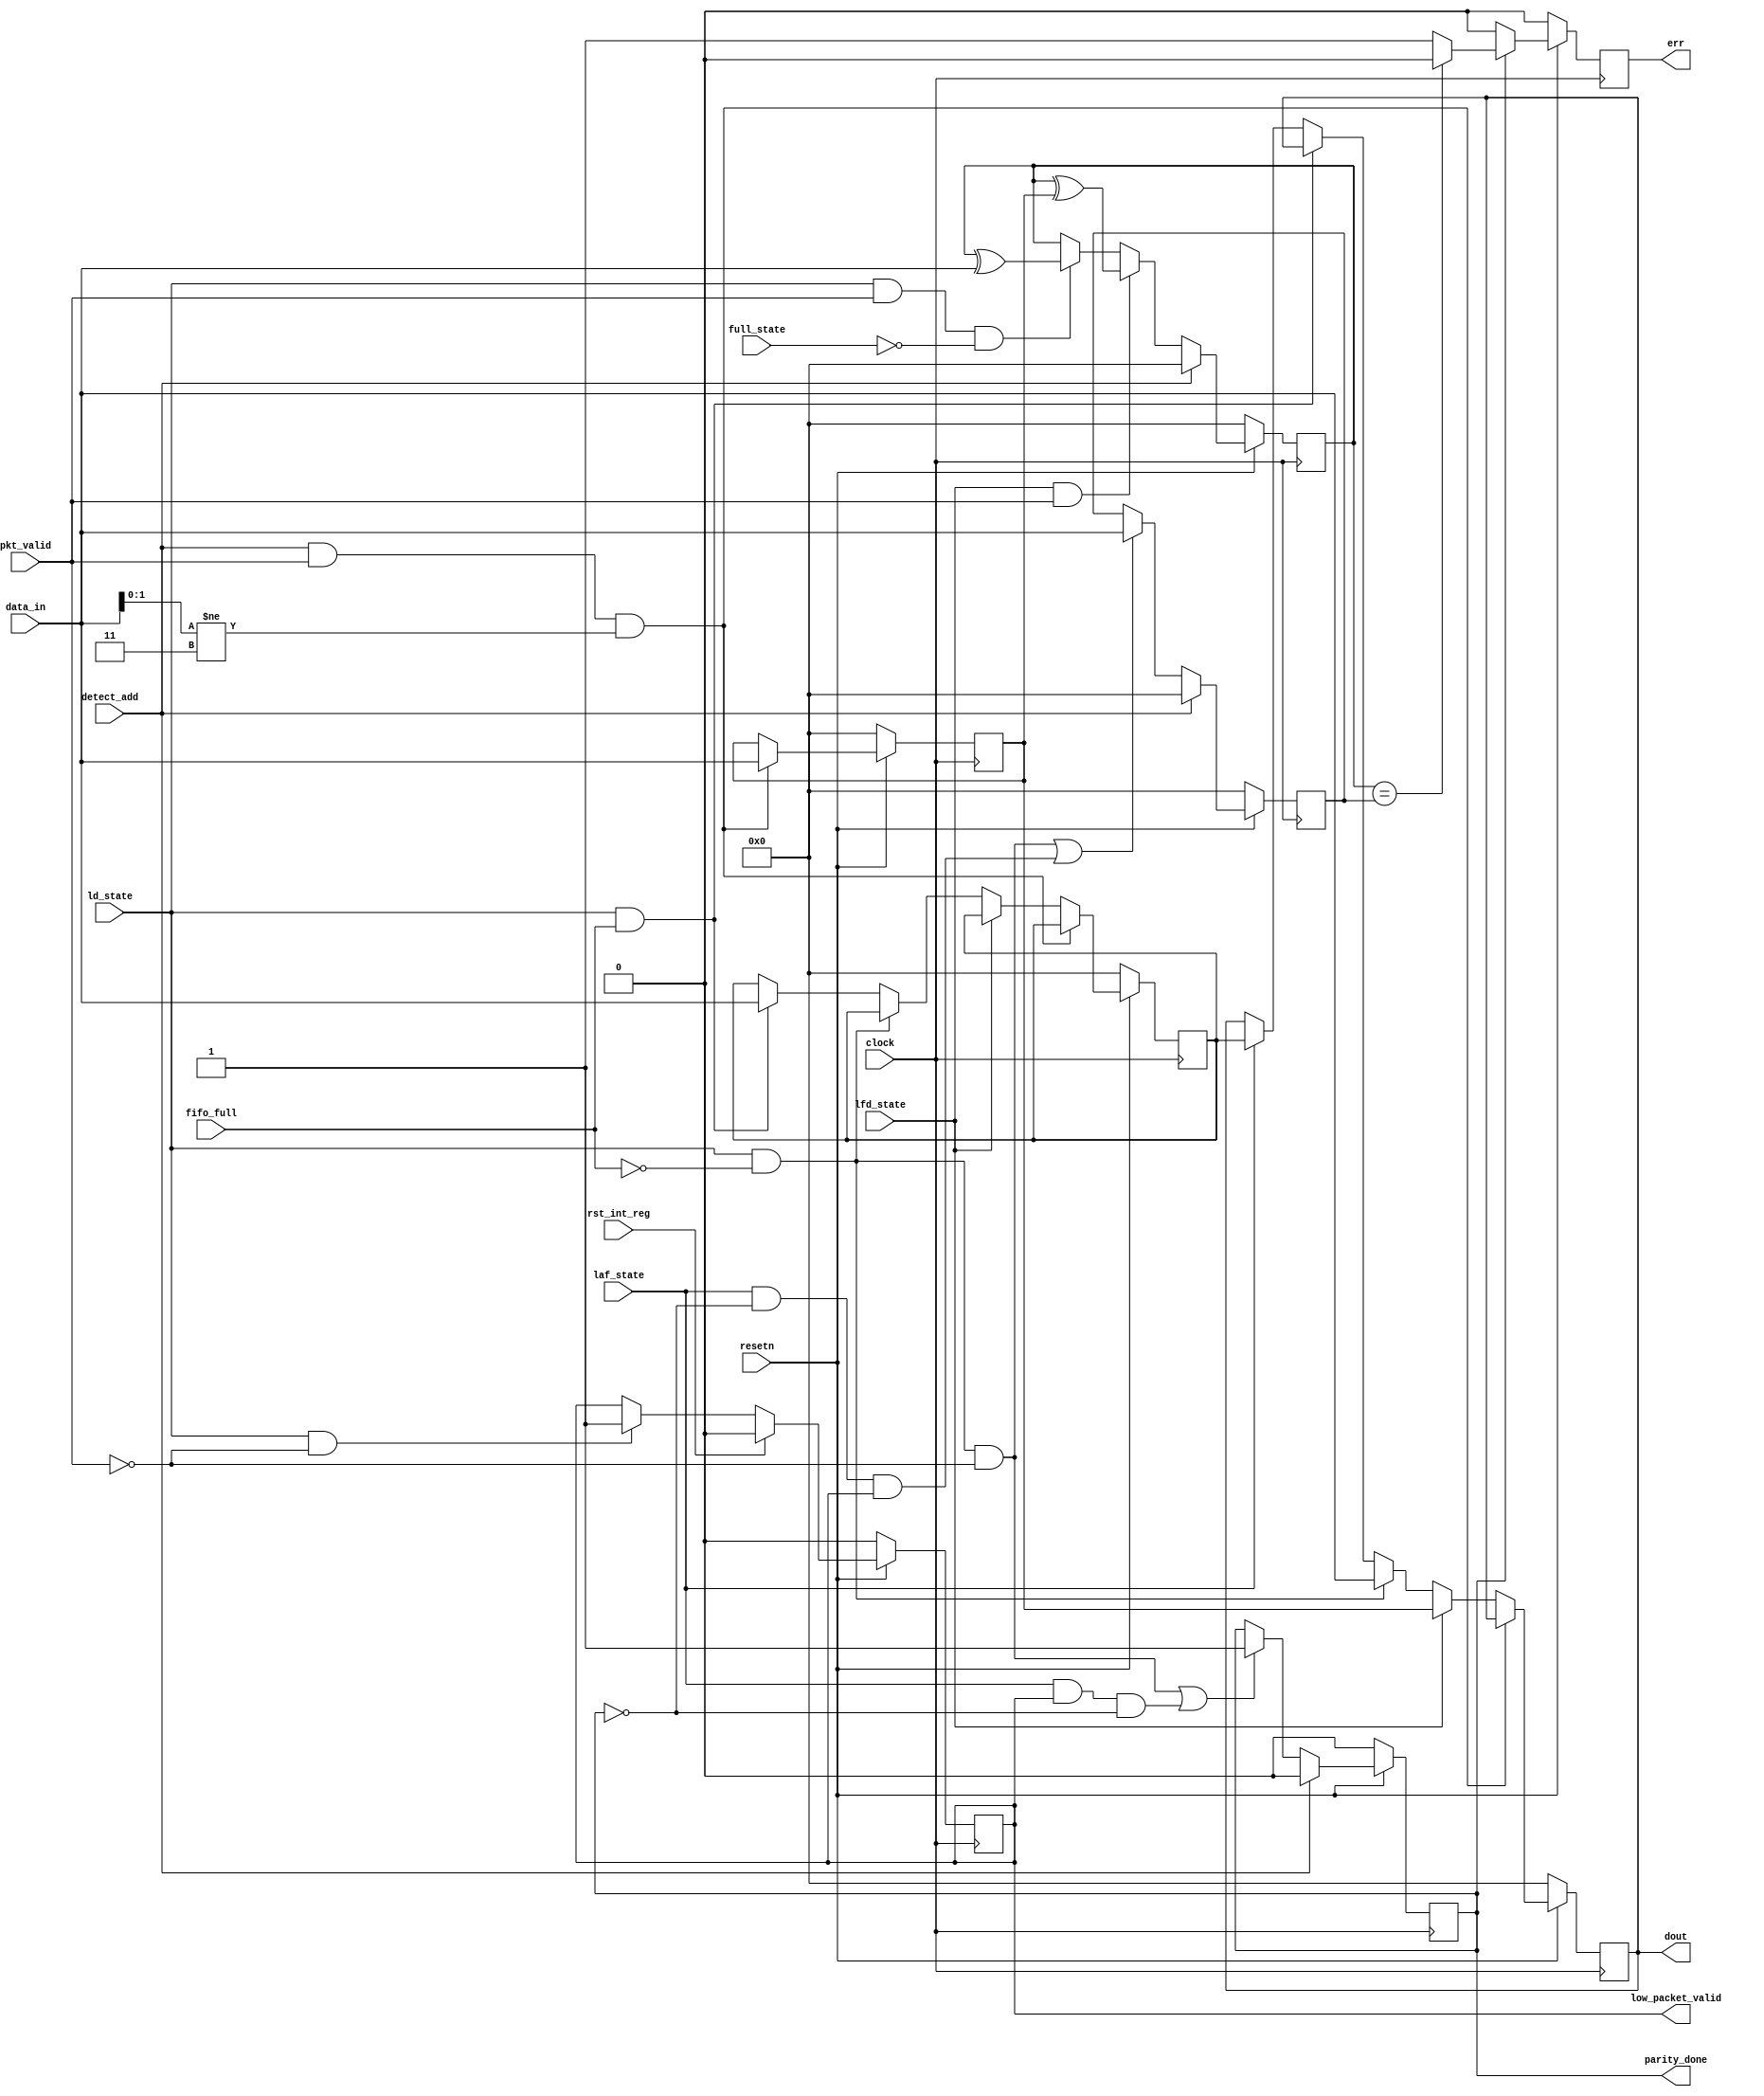
// --------------------------------------------------------------------------------

// Design Name: 
// Module Name: router-register
// Project Name: 1 x 3 Router Design

// Target Devices: 
// Tool Versions: 
// Description: 
// Dependencies: 
// Revision:
// Revision 0.01 - File Created

// --------------------------------------------------------------------------------

module router_reg ( clock, resetn, pkt_valid, data_in, fifo_full, detect_add, ld_state, laf_state, full_state, lfd_state, rst_int_reg, err, parity_done, low_packet_valid, dout );

input clock, resetn, pkt_valid, fifo_full, detect_add, ld_state, laf_state, full_state, lfd_state, rst_int_reg;
input [7:0]data_in;
output reg err, parity_done, low_packet_valid;
output reg [7:0]dout;
reg [7:0] header, int_reg, int_parity, ext_parity;
  
  
  //------------------------------ DATA OUT LOGIC ---------------------------------

	always@(posedge clock)
   	begin
      if(!resetn)
      	begin
	     dout    	 <=0;
	     header  	 <=0;
	     int_reg 	 <=0;
       	end
      else if(detect_add && pkt_valid && data_in[1:0]!=2'b11)
	     header<=data_in;
      else if(lfd_state)
	     dout<=header;
      else if(ld_state && !fifo_full)
	     dout<=data_in;
      else if(ld_state && fifo_full)
	     int_reg<=data_in;
      else if(laf_state)
	     dout<=int_reg;
     end

  //--------------------------- LOW PACKET VALID LOGIC ----------------------------
	
      	always@(posedge clock)
	   		begin
              if(!resetn)
	 				low_packet_valid<=0; 
         		else if(rst_int_reg)
	 				low_packet_valid<=0;

              else if(ld_state && !pkt_valid) 
         			low_packet_valid<=1;
			end
  //---------------------------- PARITY DONE LOGIC --------------------------------
	
	always@(posedge clock)
	begin
      if(!resetn)
	  parity_done<=0;
     else if(detect_add)
	  parity_done<=0;
      else if((ld_state && !fifo_full && !pkt_valid)
              ||(laf_state && low_packet_valid && !parity_done))
	  parity_done<=1;
	end

//--------------------------- PARITY CALCULATE LOGIC ----------------------------

	always@(posedge clock)
	begin
      if(!resetn)
	 int_parity<=0;
	else if(detect_add)
	 int_parity<=0;
	else if(lfd_state && pkt_valid)
	 int_parity<=int_parity^header;
	else if(ld_state && pkt_valid && !full_state)
	 int_parity<=int_parity^data_in;
	else
	 int_parity<=int_parity;
	end
	 

//------------------------------- ERROR LOGIC -----------------------------------

	always@(posedge clock)
		begin
          if(!resetn)
	  			err<=0;
	      else if(parity_done)
	       		begin
	 				if (int_parity==ext_parity)
	    				err<=0;
	 				else 
	    			err<=1;
	 			end
	 	   else
	    		err<=0;
	      end

//------------------------------- EXTERNAL PARITY LOGIC -------------------------

	always@(posedge clock)
	begin
      if(!resetn)
	  		ext_parity<=0;
      else if(detect_add)
	  		ext_parity<=0;
      else if((ld_state && !fifo_full && !pkt_valid) || (laf_state && !parity_done && low_packet_valid))
	  		ext_parity<=data_in;
	 end

endmodule